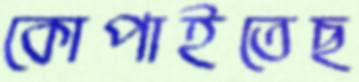
কোপাইতেছ